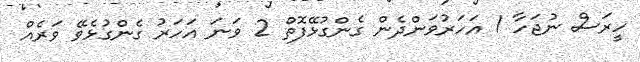
ހީރަސް ނުޖަހާ 1 އަހަރުވަންދެން ގެންގުޅޭފޮތް 2 ވަނަ އަހަރު ގެންގުޅެވޭ ވަރެއް